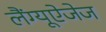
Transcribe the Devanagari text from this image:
लैंग्यूऐजेज